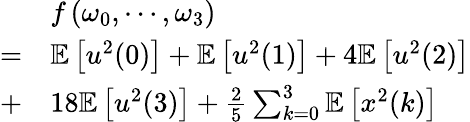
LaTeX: \begin{array}{rl}&{f\left(\omega_{0},\cdots,\omega_{3}\right)}\\ {=}&{\mathbb{E}\left[u^{2}(0)\right]+\mathbb{E}\left[u^{2}(1)\right]+4\mathbb{E}\left[u^{2}(2)\right]}\\ {+}&{18\mathbb{E}\left[u^{2}(3)\right]+\frac{2}{5}\sum_{k=0}^{3}\mathbb{E}\left[x^{2}(k)\right]}\end{array}